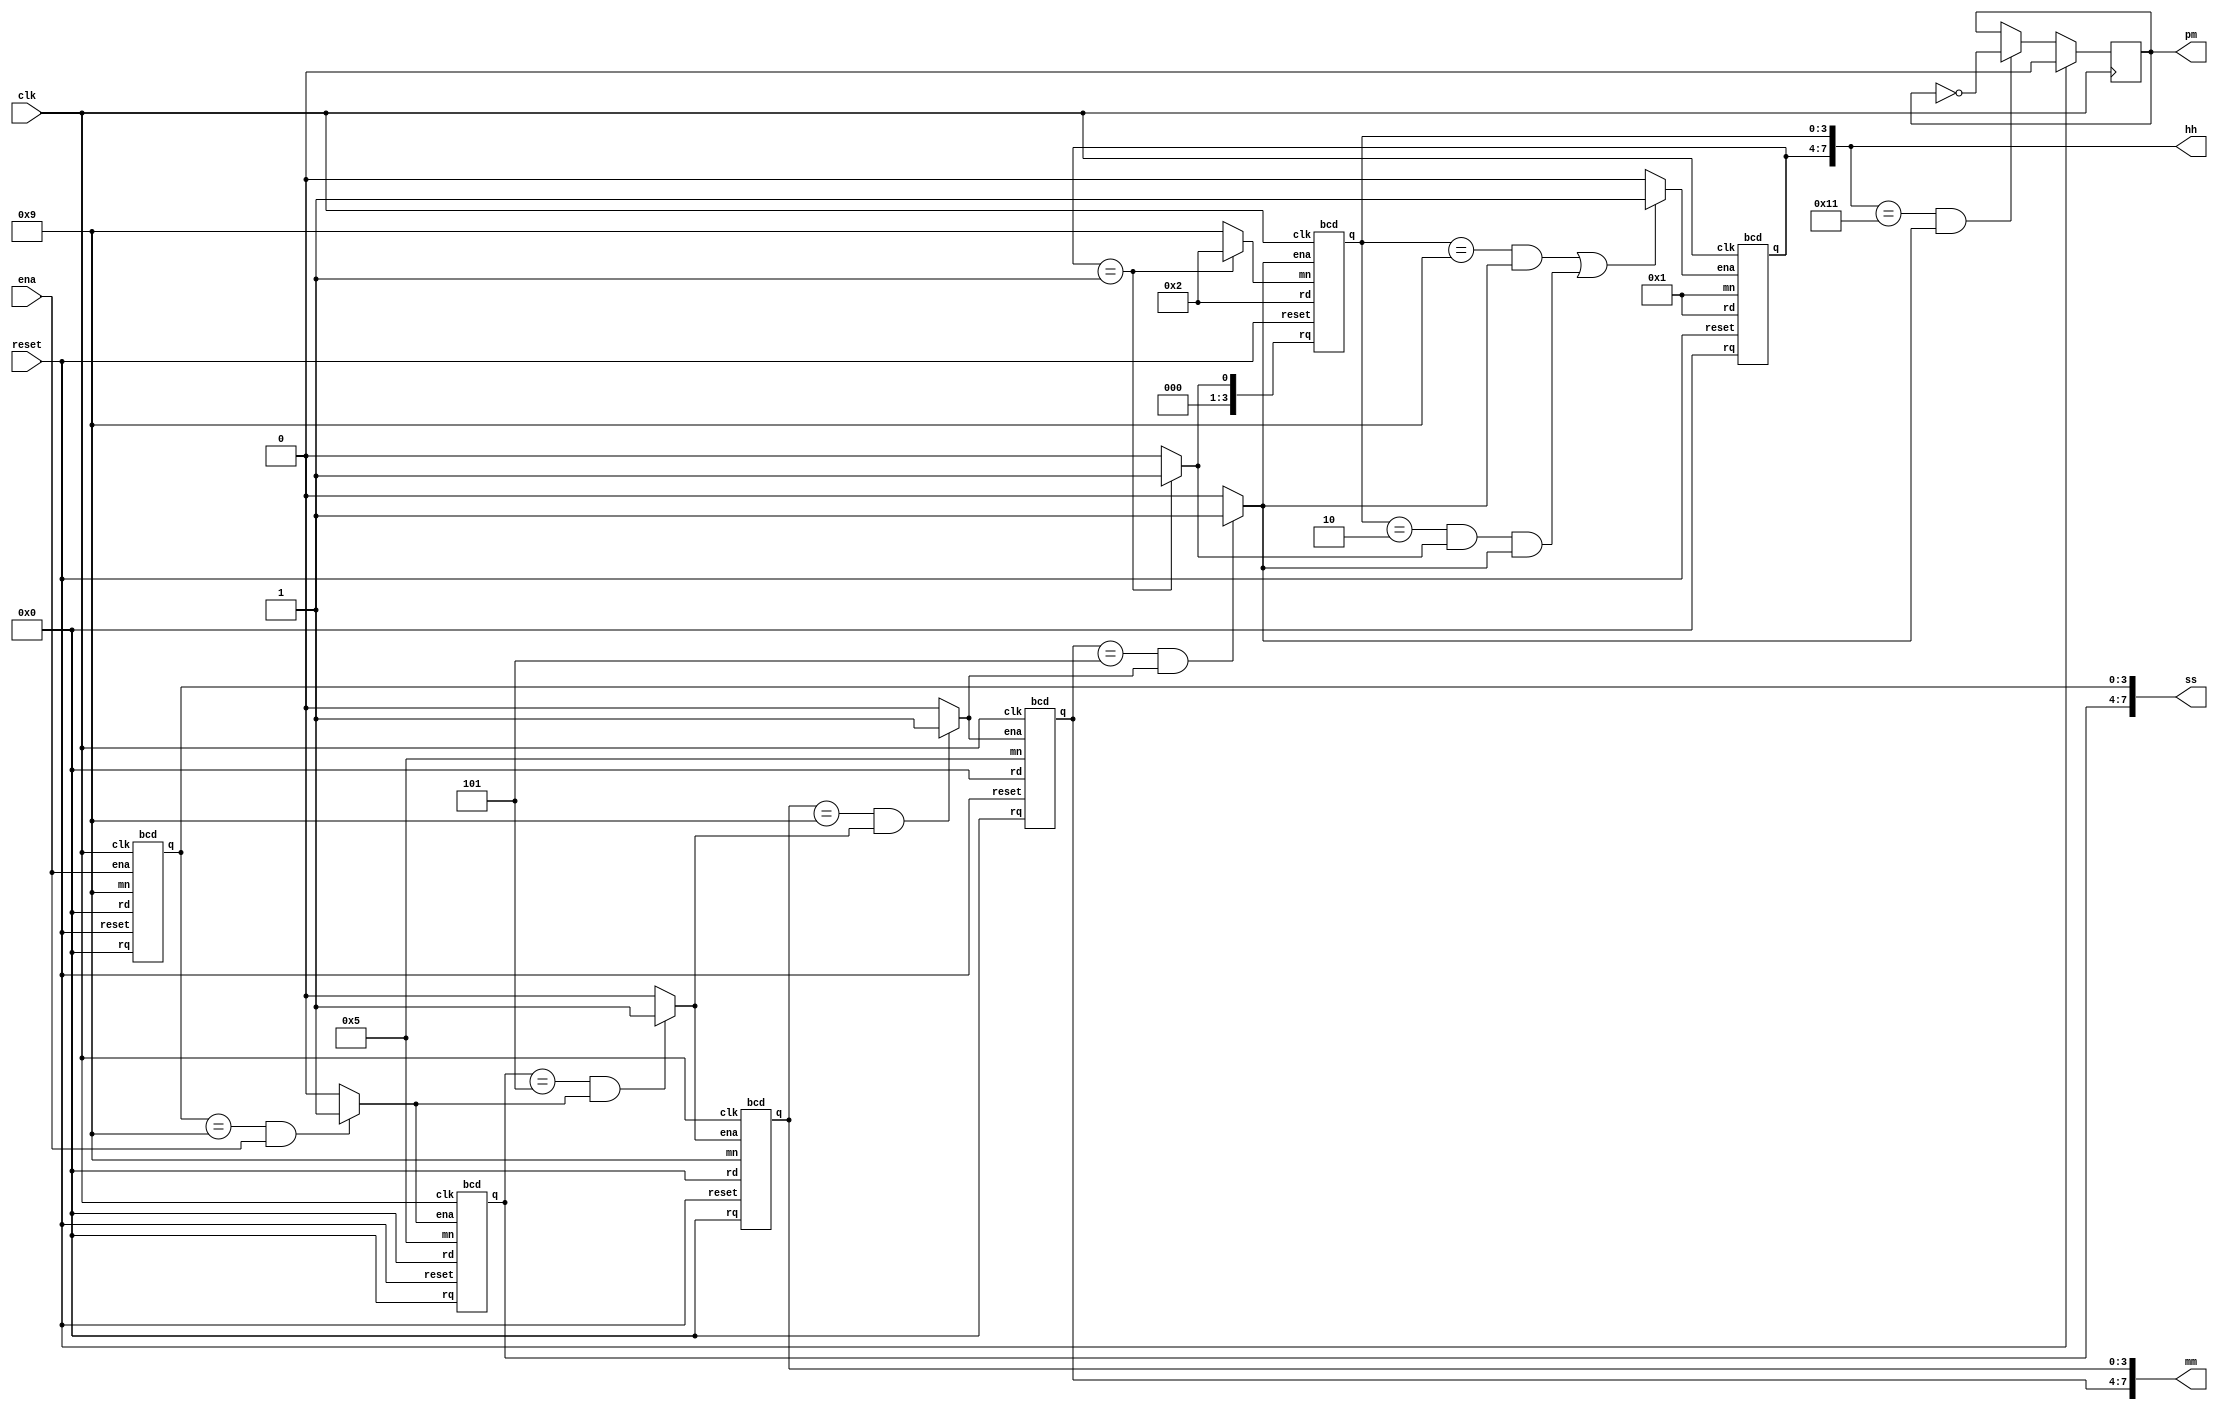
module top_module(
    input clk,
    input reset,
    input ena,
    output reg pm,
    output [7:0] hh,
    output [7:0] mm,
    output [7:0] ss
); 

	wire enas0, enas1, enam0, enam1, enah0, enah1;
    wire h0mn;


    assign enas0 = ena;
    assign enas1 = (ss[3:0] == 4'd9 & enas0) ? 1 : 0;
	assign enam0 = (ss[7:4] == 4'd5 & enas1) ? 1 : 0;
	assign enam1 = (mm[3:0] == 4'd9 & enam0) ? 1 : 0;
    assign enah0 = (mm[7:4] == 4'd5 & enam1) ? 1 : 0;
    assign enah1 = (hh[3:0] == 4'd9 & enah0) | (hh[3:0] == 4'd2 & h0mn & enah0) ? 1 : 0;


    assign h0mn = (hh[7:4] == 4'd1) ? 1 : 0;

    //wire always
    //assign
    // assign pm = enah1 ? ~pm : pm;
    // enah1
	 always@(posedge clk)begin
			if(reset)
				pm <= 0;
			else if(hh == 8'h11 & enah0)
				pm <= ~pm;
	 end


    bcd h1(
        .clk(clk),
        .reset(reset),
        .ena(enah1),
        .rd(4'd1),
		  .rq(4'd0),
        .mn(4'd1),
        .q(hh[7:4])
    );

    bcd h0(
        .clk(clk),
        .reset(reset),
        .ena(enah0),
        .rd(4'd2),
		.rq(hh[7:4] == 4'd1 ? 4'd1: 4'd0),	
        .mn(hh[7:4] == 4'd1 ? 4'd2: 4'd9),
        .q(hh[3:0])
    );

    bcd m1(
        .clk(clk),
        .reset(reset),
        .ena(enam1),
        .rd(4'd0),
		.rq(4'd0),	
        .mn(4'd5),
        .q(mm[7:4])
    );

    bcd m0(
        .clk(clk),
        .reset(reset),
        .ena(enam0),
        .rd(4'd0),
		.rq(4'd0),		  
        .mn(4'd9),
        .q(mm[3:0])
    );

    bcd s1(
        .clk(clk),
        .reset(reset),
        .ena(enas1),
        .rd(4'd0),
		.rq(4'd0),		 
        .mn(4'd5),
        .q(ss[7:4])
    );

    bcd s0(
        .clk(clk),
        .reset(reset),
        .ena(enas0),
        .rd(4'd0),
		.rq(4'd0),		  
        .mn(4'd9),
        .q(ss[3:0])
    );




endmodule

module bcd(
    input clk, reset, ena,
    input [3:0] rd, mn, rq,
    output reg [3:0] q
);

    always@(posedge clk)begin
        if(reset)
            q <= rd;
        else if(ena)
            if(q == mn)
                q <= rq;
            else
                q <= q + 1;
    end

endmodule